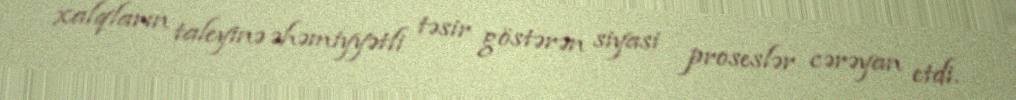
xalqların taleyinə əhəmiyyətli təsir göstərən siyasi proseslər cərəyan etdi.